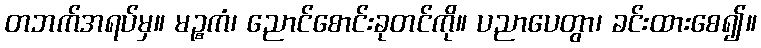
တဘက်အရပ်မှ။ မဉ္စကံ၊ ညောင်စောင်းခုတင်ကို။ ပညာပေတွာ၊ ခင်းထားစေ၍။